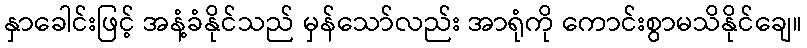
နှာခေါင်းဖြင့် အနံ့ခံနိုင်သည် မှန်သော်လည်း အာရုံကို ကောင်းစွာမသိနိုင်ချေ။